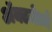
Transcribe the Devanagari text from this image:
ॲक्टमेध्ये